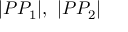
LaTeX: | P P _ { 1 } | , \ | P P _ { 2 } |